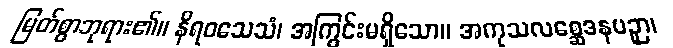
မြတ်စွာဘုရား၏။ နိရဝသေသံ၊ အကြွင်းမရှိသော။ အကုသလစ္ဆေဒနပဉှာ၊